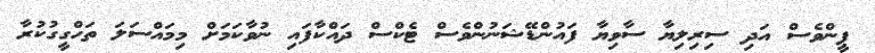
ޕީންވެސް އަދި ސިރިލިޔާ ސާވިޔާ ފައުންޑޭޝަނުންވެސް ޓެކްސް ދައްކާފައި ނުވާކަމަށް މިމައްސަލަ ތަހްގީގުކުރާ